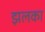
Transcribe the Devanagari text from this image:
झलका